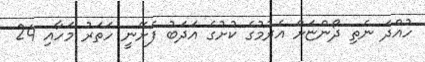
ހުއްދަ ނެތި ދޯންޏަށް އެރުމުގެ ކުށުގެ އަދަބު ފެށޭނީ ހަތަރު މަހާއި 24